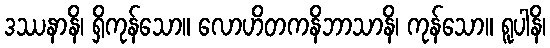
ဒဿနာနိ၊ ရှိကုန်သော။ လောဟိတကနိဘာသာနိ၊ ကုန်သော။ ရူပါနိ၊